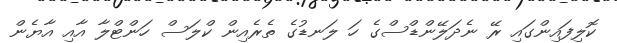
ކޮލިފައިންގައި ރޭ ނެދަލޭންޑްސްގެ ހަ ލަނޑުގެ ތެރެއިން ކްލަސް ހަންޓްލާ އާއި އާޔެން